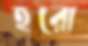
হরো